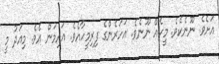
އަށެވެ. ނޫނެކެވެ. މީހެއް ނޫނެވެ. އަހަރެންގެ ފިރިމީހާއެވެ. އައިމަން އެވެ. މިއަދު މީ